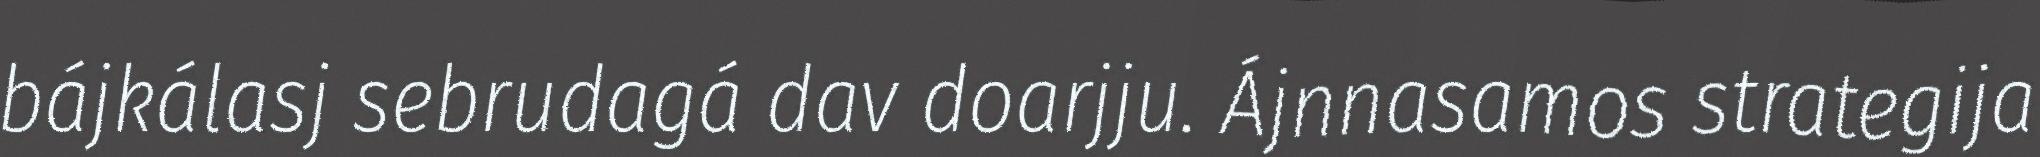
bájkálasj sebrudagá dav doarjju. Ájnnasamos strategija